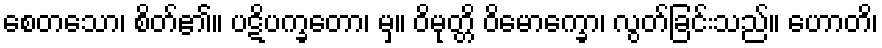
စေတသော၊ စိတ်၏။ ပဋိပက္ခတော၊ မှ။ ဝိမုတ္တိ ဝိမောက္ခော၊ လွတ်ခြင်းသည်။ ဟောတိ၊